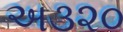
અ૩૨૦